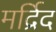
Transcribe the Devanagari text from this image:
मर्द्रिद